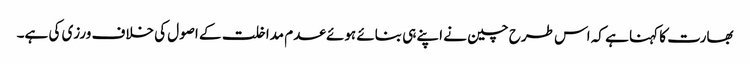
بھارت کا کہنا ہے کہ اس طرح چین نے اپنے ہی بنائے ہوئے عدم مداخلت کے اصول کی خلاف ورزی کی ہے۔